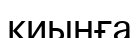
қиынға